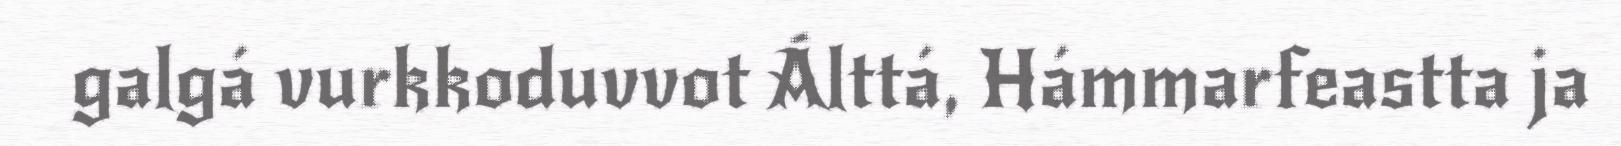
galgá vurkkoduvvot Álttá, Hámmarfeastta ja